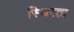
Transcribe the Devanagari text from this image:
स्थिरता